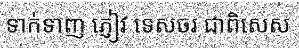
ទាក់ទាញ ភ្ញៀវ ទេសចរ ជាពិសេស